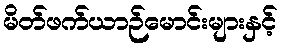
မိတ်ဖက်ယာဉ်မောင်းများနှင့်